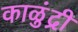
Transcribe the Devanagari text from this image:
काळुंद्री